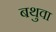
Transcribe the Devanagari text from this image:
बथुवा